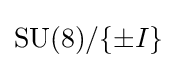
\mathrm {SU} (8)/\{\pm I\}